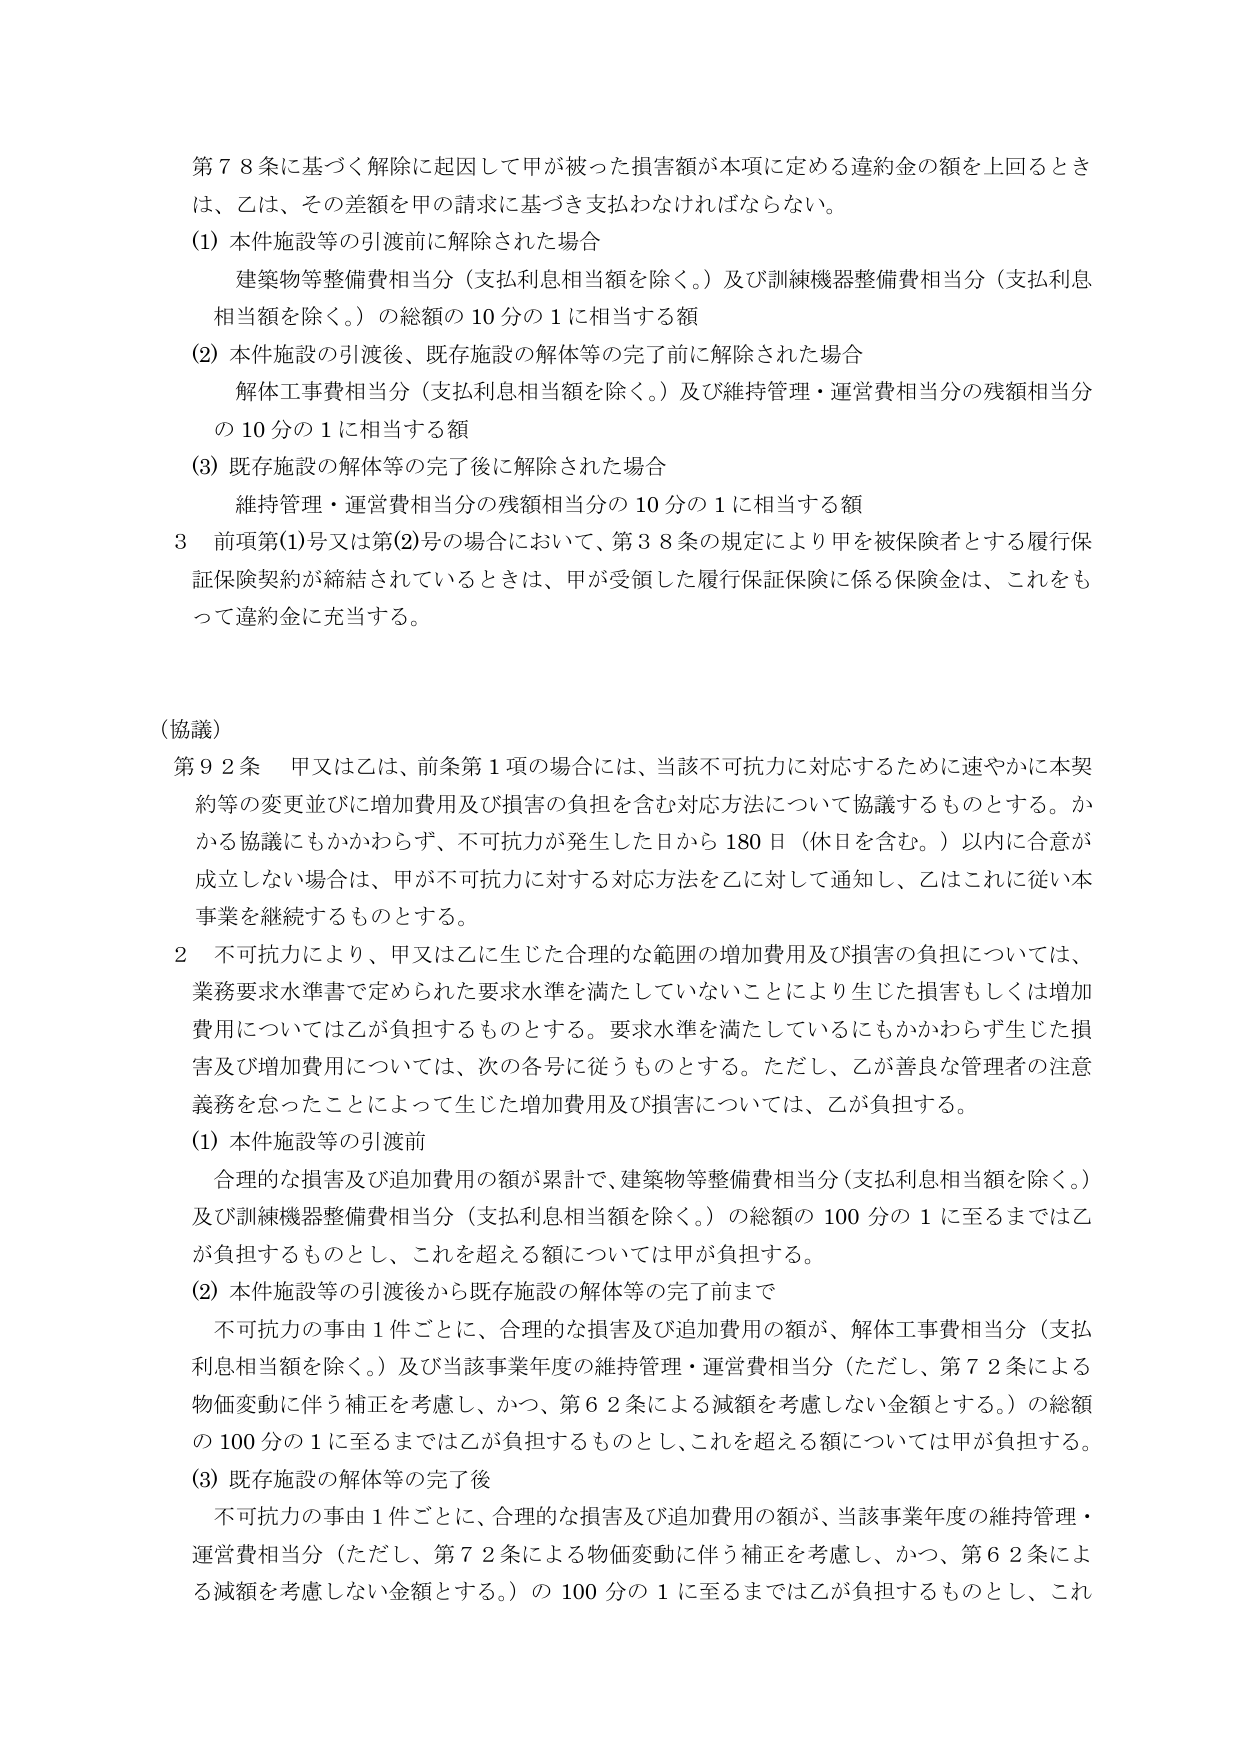
第７８条に基づく解除に起因して甲が被った損害額が本項に定める違約金の額を上回るときは、乙は、その差額を甲の請求に基づき支払わなければならない。

(1) 本件施設等の引渡前に解除された場合
建築物等整備費相当分（支払利息相当額を除く。）及び訓練機器整備費相当分（支払利息相当額を除く。）の総額の10分の1に相当する額

(2) 本件施設の引渡後、既存施設の解体等の完了前に解除された場合
解体工事費相当分（支払利息相当額を除く。）及び維持管理・運営費相当分の残額相当分の10分の1に相当する額

(3) 既存施設の解体等の完了後に解除された場合
維持管理・運営費相当分の残額相当分の10分の1に相当する額

3 前項第(1)号又は第(2)号の場合において、第38条の規定により甲を被保険者とする履行保証保険契約が締結されているときは、甲が受領した履行保証保険に係る保険金は、これをもって違約金に充当する。

（協議）

第92条 甲又は乙は、前条第1項の場合には、当該不可抗力に対応するために速やかに本契約等の変更並びに増加費用及び損害の負担を含む対応方法について協議するものとする。かかる協議にもかかわらず、不可抗力が発生した日から180日（休日を含む。）以内に合意が成立しない場合は、甲が不可抗力に対する対応方法を乙に対して通知し、乙はこれに従い本事業を継続するものとする。

2 不可抗力により、甲又は乙に生じた合理的な範囲の増加費用及び損害の負担については、業務要求水準書で定められた要求水準を満たしていないことにより生じた損害もしくは増加費用については乙が負担するものとする。要求水準を満たしているにもかかわらず生じた損害及び増加費用については、次の各号に従うものとする。ただし、乙が善良な管理者の注意義務を怠ったことによって生じた増加費用及び損害については、乙が負担する。

(1) 本件施設等の引渡前
合理的な損害及び追加費用の額が累計で、建築物等整備費相当分（支払利息相当額を除く。）及び訓練機器整備費相当分（支払利息相当額を除く。）の総額の100分の1に至るまでは乙が負担するものとし、これを超える額については甲が負担する。

(2) 本件施設等の引渡後から既存施設の解体等の完了前まで
不可抗力の事由1件ごとに、合理的な損害及び追加費用の額が、解体工事費相当分（支払利息相当額を除く。）及び当該事業年度の維持管理・運営費相当分（ただし、第72条による物価変動に伴う補正を考慮し、かつ、第62条による減額を考慮しない金額とする。）の総額の100分の1に至るまでは乙が負担するものとし、これを超える額については甲が負担する。

(3) 既存施設の解体等の完了後
不可抗力の事由1件ごとに、合理的な損害及び追加費用の額が、当該事業年度の維持管理・運営費相当分（ただし、第72条による物価変動に伴う補正を考慮し、かつ、第62条による減額を考慮しない金額とする。）の100分の1に至るまでは乙が負担するものとし、これ